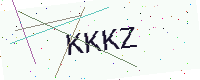
Text: KKKZ